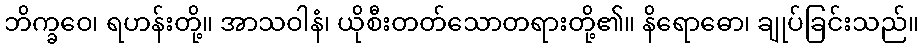
ဘိက္ခဝေ၊ ရဟန်းတို့။ အာသဝါနံ၊ ယိုစီးတတ်သောတရားတို့၏။ နိရောဓော၊ ချုပ်ခြင်းသည်။